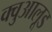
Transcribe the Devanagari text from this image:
क्वुआलूड